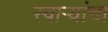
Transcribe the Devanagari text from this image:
स्वार्‍यांचा